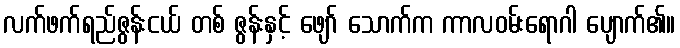
လက်ဖက်ရည်ဇွန်းငယ် တစ် ဇွန်းနှင့် ဖျော် သောက်က ကာလဝမ်းရောဂါ ပျောက်၏။